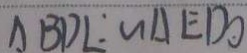
\Delta B D L : \sim \Delta E D O